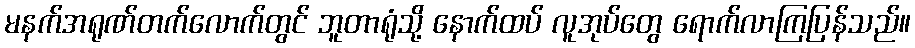
မနက်အရုဏ်တက်လောက်တွင် ဘူတာရုံသို့ နောက်ထပ် လူအုပ်တွေ ရောက်လာကြပြန်သည်။